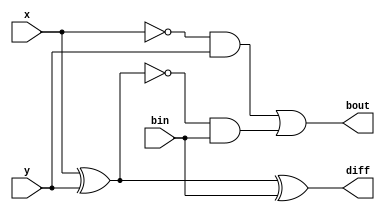
`timescale 1ns / 1ps
//////////////////////////////////////////////////////////////////////////////////
// Company: 
// Engineer: 
// 
// Design Name: 
// Module Name: fullsub
// Project Name: 
// Target Devices: 
// Tool Versions: 
// Description: 
// 
// Dependencies: 
// 
// Revision:
// Revision 0.01 - File Created
// Additional Comments:
// 
//////////////////////////////////////////////////////////////////////////////////


module fullsub(x, y, bin, diff, bout);

    input       x;
    input       y;
    input       bin;
    output      diff;
    output      bout;
    
    wire z1, z2, z3; 
    
    xor(z1, x, y);
    xor(diff, z1, bin);
    and(z2, ~x, y);
    and(z3, ~z1, bin);
    or(bout, z2, z3);
    
endmodule